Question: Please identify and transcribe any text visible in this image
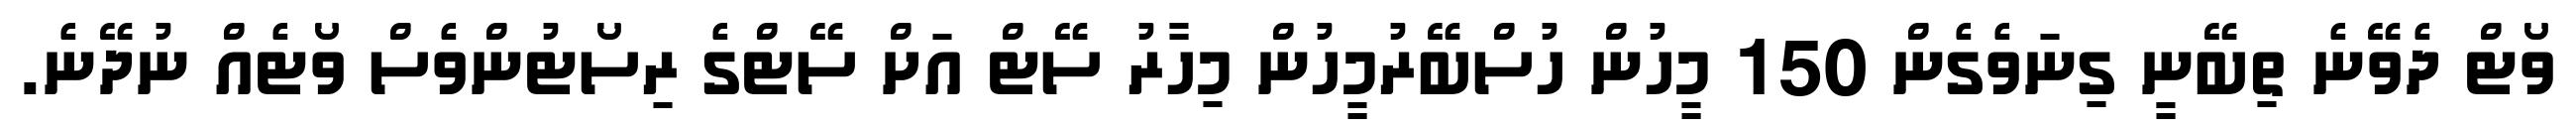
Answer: ވޯޓް ދެވޭނެ ތިބޭނީ ގިނަވެގެން 150 މީހުން ހުސްބޭރުމީހުން މިހާރު ސޭޓް އަށް ސޭޓްގެ ރިސޯޓުންވެސް ވޯޓެއް ނުދޭނެ.